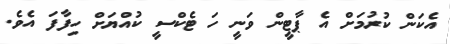
އެކަން ކުރުމަށް އެ ޕާޓީން ވަނީ ހަ ޓެކްސީ ކުއްޔަށް ހިފާފަ އެވެ.